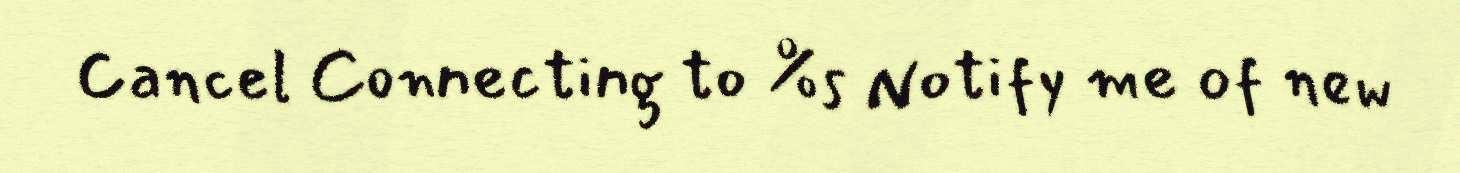
Cancel Connecting to %s Notify me of new